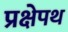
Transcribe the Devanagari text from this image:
प्रक्षेपथ